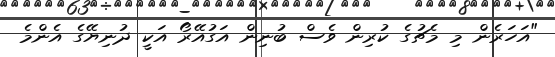
"އަހަރެން މި މެޗުގެ ކުރިން ވެސް ބުނިން އަގުއޭރޯ އަކީ ދުނިޔޭގެ އެންމެ